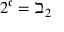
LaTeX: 2 ^ { \mathfrak { c } } = \beth _ { 2 }